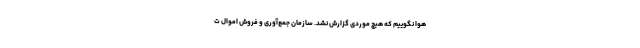
هوا نگوییم که هیچ موردی گزارش نشد. سازمان جمع‌آوری و فروش اموال ت